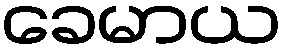
ခေမာယ